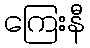
ကြေးနီ